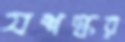
যশস্কর